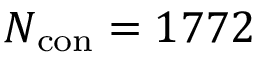
N _ { \mathrm { c o n } } = 1 7 7 2